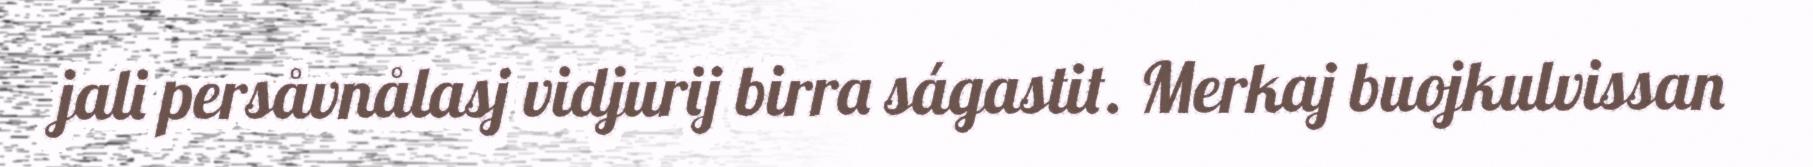
jali persåvnålasj vidjurij birra ságastit. Merkaj buojkulvissan